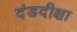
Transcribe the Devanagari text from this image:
दंडदीक्षा